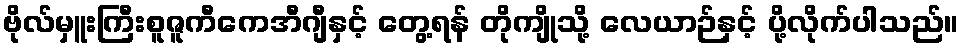
ဗိုလ်မှူးကြီးစူဇူကီကေအီဂျီနှင့် တွေ့ရန် တိုကျိုသို့ လေယာဉ်နှင့် ပို့လိုက်ပါသည်။